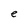
Character: e